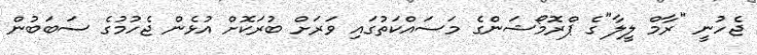
ޖެހުނީ "ރާމް ލީލާ"ގެ ޕްރޮމޯޝަންގެ މަސައްކަތުގައި ވަރަށް ބުރަކޮށް އުޅެން ޖެހުމުގެ ސަބަބުން